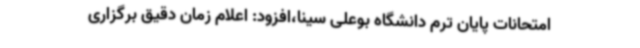
امتحانات پایان ترم دانشگاه بوعلی سینا،افزود: اعلام زمان دقیق برگزاری